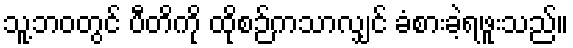
သူ့ဘဝတွင် ပီတိကို ထိုစဉ်ကသာလျှင် ခံစားခဲ့ရဖူးသည်။